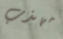
مهذب